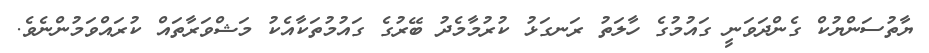
ޔާތުސަންޔުކް ގެންދަވަނީ ގައުމުގެ ހާލަތު ރަނގަޅު ކުރުމާމެދު ބޭރުގެ ގައުމުތަކާއެކު މަޝްވަރާތައް ކުރައްވަމުންނެވެ.